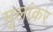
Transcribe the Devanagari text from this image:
मूलांकर